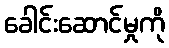
ခေါင်းဆောင်မှုကို